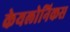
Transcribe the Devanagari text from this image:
केयलोनिकस